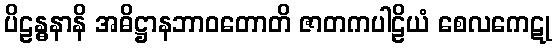
ပိဠန္ဓနာနိ အဓိဋ္ဌာနဘာဝတောတိ ဇာတကပါဠိယံ စေလကေဋု